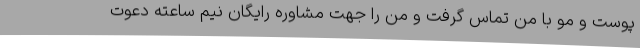
پوست و مو با من تماس گرفت و من را جهت مشاوره رایگان نیم ساعته دعوت